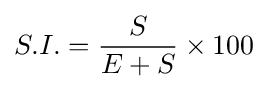
S.I.={\frac {S}{E+S}}\times 100